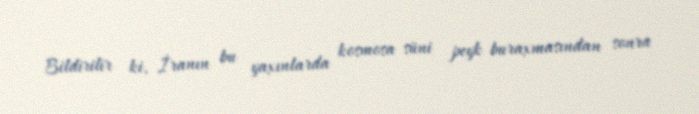
Bildirilir ki, İranın bu yaxınlarda kosmosa süni peyk buraxmasından sonra